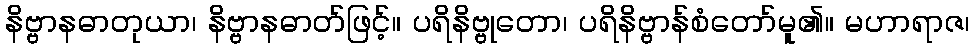
နိဗ္ဗာနဓာတုယာ၊ နိဗ္ဗာနဓာတ်ဖြင့်။ ပရိနိဗ္ဗုတော၊ ပရိနိဗ္ဗာန်စံတော်မူ၏။ မဟာရာဇ၊